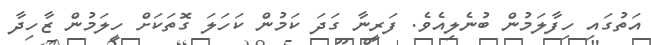
އަތުގައި ހިފާލަމުން ބުނެލިއެވެ. ފަރީނާ ގަދަ ކަމުން ކަހަލަ ގޮތަކަށް ހީލަމުން ޒާހިދާ